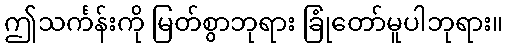
ဤသင်္ကန်းကို မြတ်စွာဘုရား ခြုံတော်မူပါဘုရား။